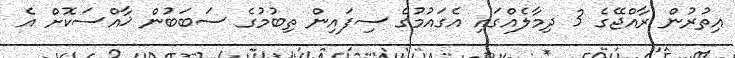
އިތުރުން ރާއްޖޭގެ 3 ދިމާލެއްގައި އެގައުމުގެ ސިފައިން ތިބުމުގެ ސަބަބުން ޚާއްސަކޮށް އެ